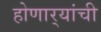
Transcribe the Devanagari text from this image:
होणार्‍यांची